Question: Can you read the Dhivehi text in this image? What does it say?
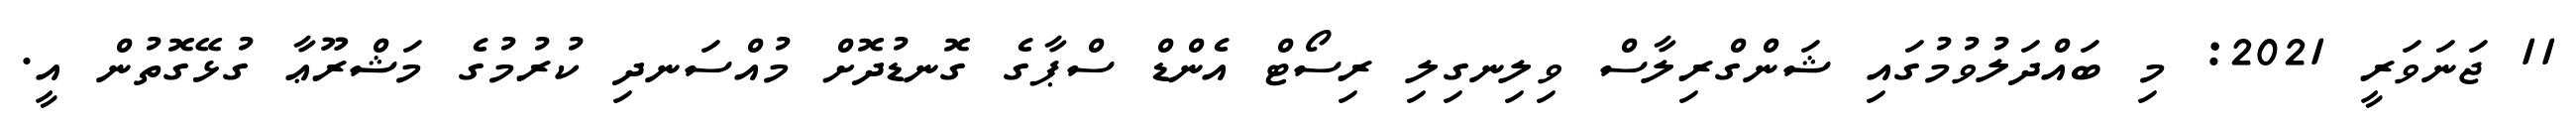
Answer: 11 ޖަނަވަރީ 2021: މި ބައްދަލުވުމުގައި ޝަންގްރިލާސް ވިލިނގިލި ރިސޯޓް އެންޑް ސްޕާގެ ގޮނޑުދޮށް މުއްސަނދި ކުރުމުގެ މަޝްރޫޢާ ގުޅޭގޮތުން އީ.